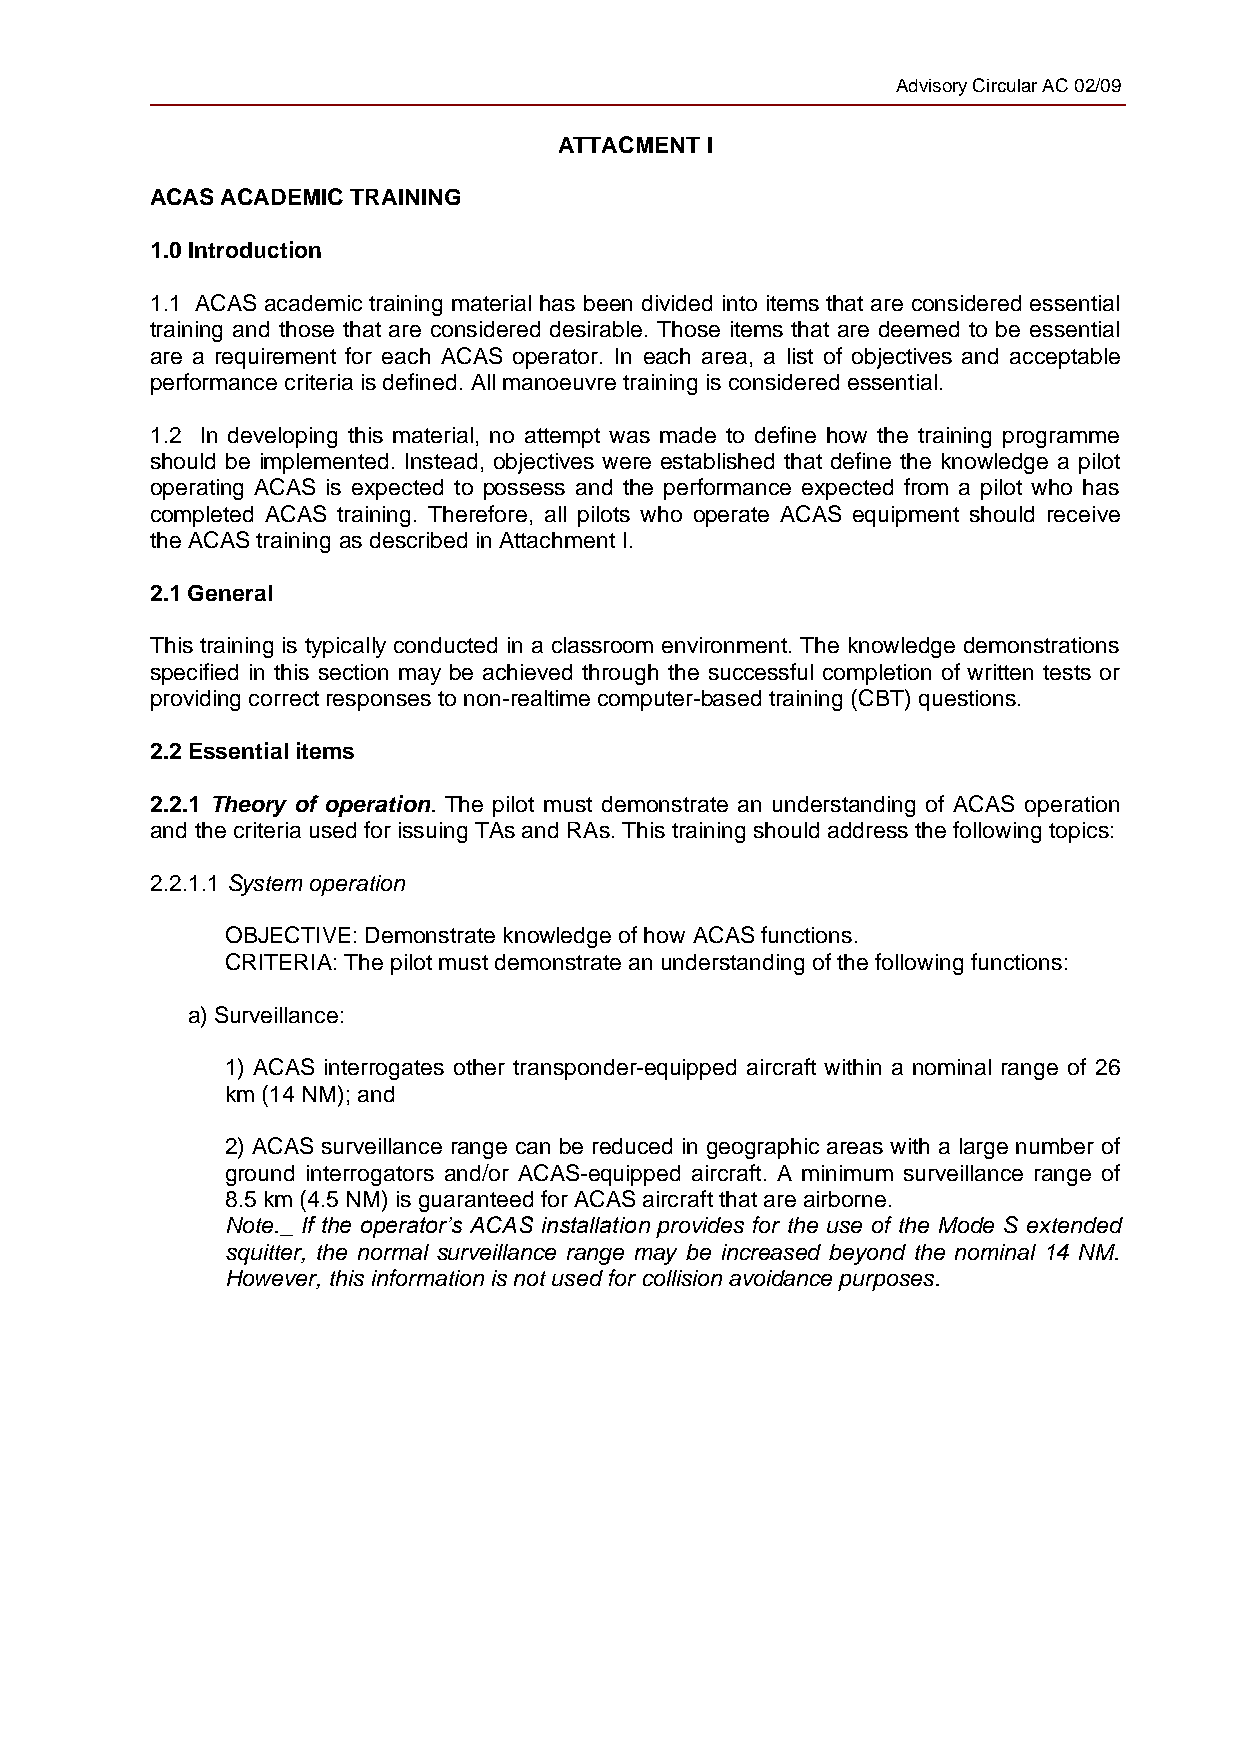
Advisory Circular AC 02/09
 ATTACMENT I
 ACAS ACADEMIC TRAINING
 1.0 Introduction
 1.1 ACAS academic training material has been divided into items that are considered essential
 training and those that are considered desirable. Those items that are deemed to be essential
 are a requirement for each ACAS operator. In each area, a list of objectives and acceptable
 performance criteria is defined. All manoeuvre training is considered essential.
 1.2 In developing this material, no attempt was made to define how the training programme
 should be implemented. Instead, objectives were established that define the knowledge a pilot
 operating ACAS is expected to possess and the performance expected from a pilot who has
 completed ACAS training. Therefore, all pilots who operate ACAS equipment should receive
 the ACAS training as described in Attachment I.
 2.1 General
 This training is typically conducted in a classroom environment. The knowledge demonstrations
 specified in this section may be achieved through the successful completion of written tests or
 providing correct responses to non-realtime computer-based training (CBT) questions.
 2.2 Essential items
 2.2.1 Theory of operation. The pilot must demonstrate an understanding of ACAS operation
 and the criteria used for issuing TAs and RAs. This training should address the following topics:
 2.2.1.1 System operation
 OBJECTIVE: Demonstrate knowledge of how ACAS functions.
 CRITERIA: The pilot must demonstrate an understanding of the following functions:
 a) Surveillance:
 1) ACAS interrogates other transponder-equipped aircraft within a nominal range of 26
 km (14 NM); and
 2) ACAS surveillance range can be reduced in geographic areas with a large number of
 ground interrogators and/or ACAS-equipped aircraft. A minimum surveillance range of
 8.5 km (4.5 NM) is guaranteed for ACAS aircraft that are airborne.
 Note._ If the operator’s ACAS installation provides for the use of the Mode S extended
 squitter, the normal surveillance range may be increased beyond the nominal 14 NM.
 However, this information is not used for collision avoidance purposes.